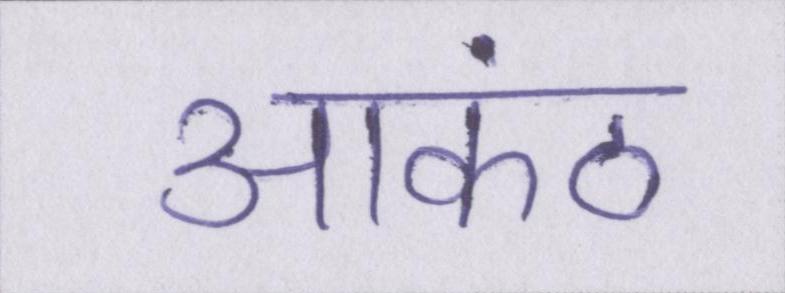
आकंठ